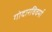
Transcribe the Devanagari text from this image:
गोदारविवर्मा